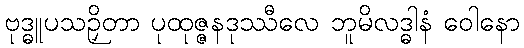
ဗုဒ္ဓူပသဉှိတာ ပုထုဇ္ဇနဒုဿီလေ ဘူမိလဒ္ဓါနံ ဝေါနော